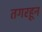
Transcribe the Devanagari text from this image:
तगरहून